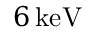
6 \, \mathrm { k e V }